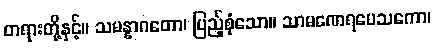
တရားတို့နှင့်။ သမန္နာဂတော၊ ပြည့်စုံသော။ သာမဏေရပေသကော၊